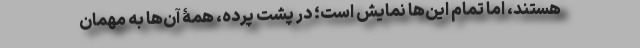
هستند، اما تمام این‌ها نمایش است؛ در پشت پرده، همۀ آن‌ها به مهمان